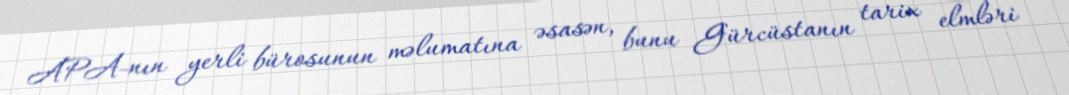
APA-nın yerli bürosunun məlumatına əsasən, bunu Gürcüstanın tarix elmləri